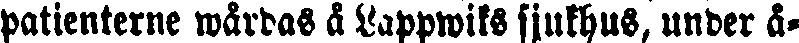
patienterne wårdas å Lappwiks sjukhus, under å-